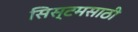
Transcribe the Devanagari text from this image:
सिस्टमसाठी